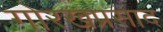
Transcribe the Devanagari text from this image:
गोरखप्रसाद